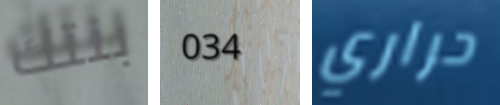
بنتك 034 حراري